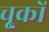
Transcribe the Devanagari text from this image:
चू्कों